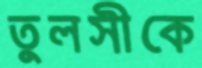
তুলসীকে